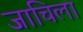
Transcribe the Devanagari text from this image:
जाचिला